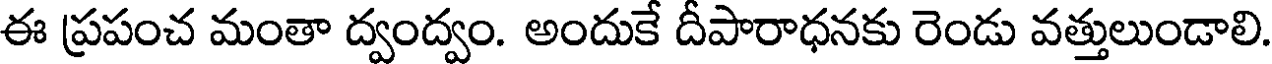
ఈ ప్రపంచ మంతా ద్వంద్వం. అందుకే దీపారాధనకు రెండు వత్తులుండాలి.